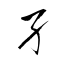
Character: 孑